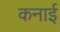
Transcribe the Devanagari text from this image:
कनाई